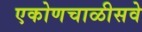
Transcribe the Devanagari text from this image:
एकोणचाळीसवे